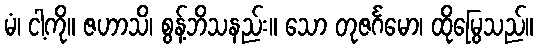
မံ၊ ငါ့ကို။ ဇဟာသိ၊ စွန့်ဘိသနည်း။ သော တုဇင်္ဂမော၊ ထိုမြွေသည်။